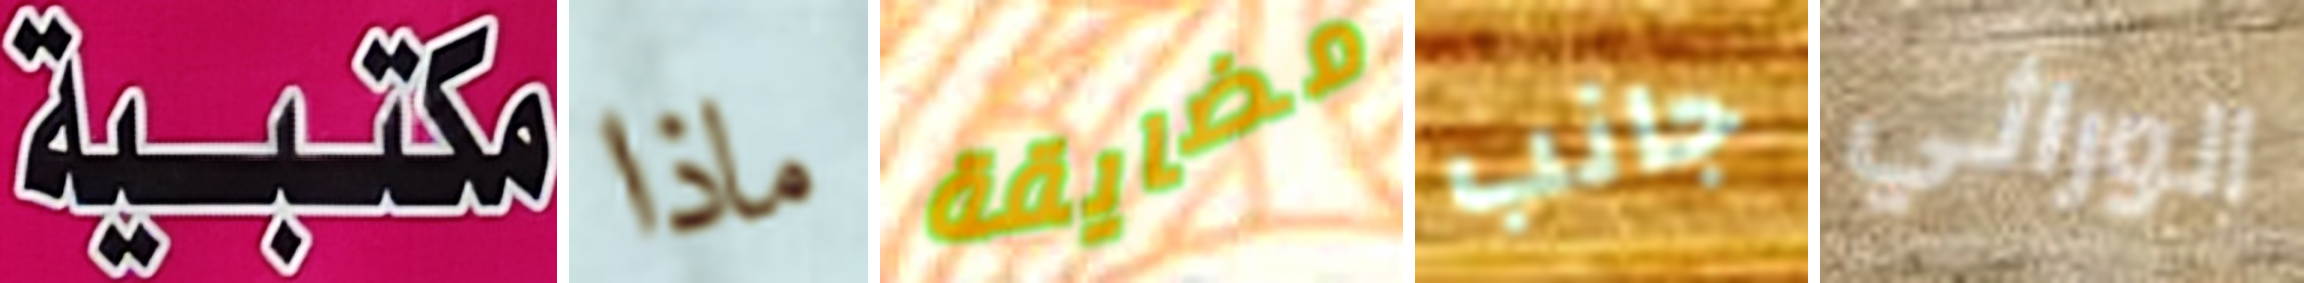
مكتبية ماذا مضايقة جانب الوراثي